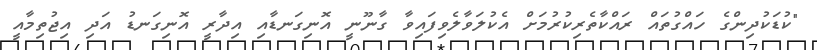
"ކުޑަކުދިންގެ ހައްގުތައް ރައްކާތެރިކުރުމަށް އެކުލަވާލެވިފައިވާ ގާނޫނީ އޮނިގަނޑާއި އިދާރީ އޮނިގަނޑު އަދި އިޖުތިމާއީ